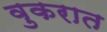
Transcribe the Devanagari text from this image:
वुकरात